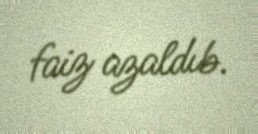
faiz azaldıb.